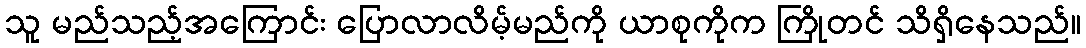
သူ မည်သည့်အကြောင်း ပြောလာလိမ့်မည်ကို ယာစုကိုက ကြိုတင် သိရှိနေသည်။